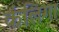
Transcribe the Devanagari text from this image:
कंलिगा